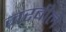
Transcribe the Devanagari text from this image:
जरबीले